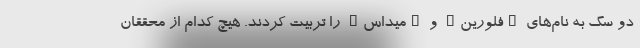
دو سگ به نام‌های "فلورین" و "میداس" را تربیت کردند. هیچ کدام از محققان